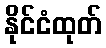
နိုင်ငံထုတ်